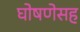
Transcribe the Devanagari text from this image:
घोषणेसह